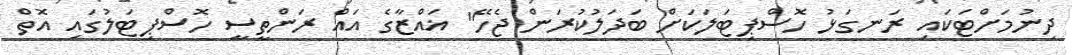
ދިނުމަށްޓަކައި ރަނގަޅު ހޮސްޕިޓަލަކަށް ބަދަލުކުރަން ޖެހޭ" ޣައްޒާގެ އައް ރަންތީސީ ހޮސްޕިޓަލުގައި އޮތް